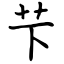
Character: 芐